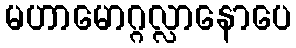
မဟာမောဂ္ဂလ္လာနောပေ